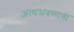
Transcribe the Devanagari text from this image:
अत्थसंवण्णणा